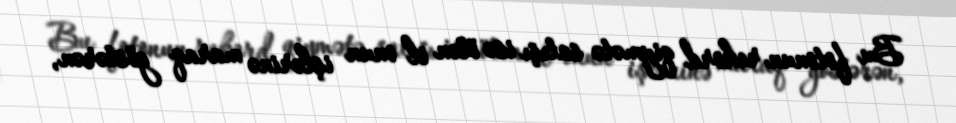
Bu fotonun rekord qiymətə satışı isə ötən il onun işlərinə maraq göstərən,